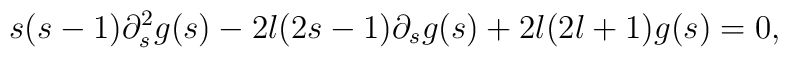
s(s-1) \partial_s^2 g(s) - 2l(2s-1)\partial_s g(s) + 2l(2l+1)g(s) = 0,